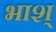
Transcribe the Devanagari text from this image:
भाश्